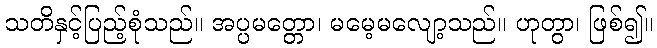
သတိနှင့်ပြည့်စုံသည်။ အပ္ပမတ္တော၊ မမေ့မလျော့သည်။ ဟုတွာ၊ ဖြစ်၍။